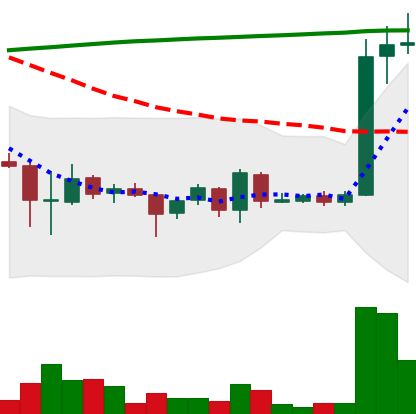
Ticker: EOS-USD
Chart end date: 2018-04-13
Forward return: 3.273%
Label: up_3_5